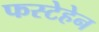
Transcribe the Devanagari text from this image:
फस्टेहेन